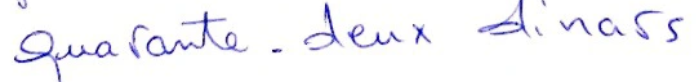
Quarante-deux dinars